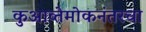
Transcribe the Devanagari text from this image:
कुआव्तेमोकनंतरचा